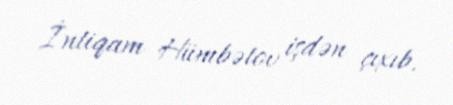
İntiqam Hümbətov işdən çıxıb.